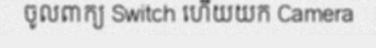
ចូលពាក្យ Switch ហើយយក Camera